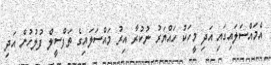
އެމައްސަލައިގައި އަދި މީހަކު ހައްޔަރު ނުކުރާ އިރު މައްސަލައިގެ ތަފްސީލް ފުލުހުން އަދި